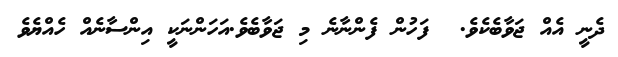
ދެނީ އެއް ޖަވާބެކެވެ.  ފަހުން ފެންނާނެ މި ޖަވާބެވެ.އަހަންނަކީ އިންސާނެއް ހެއްޔެވެ